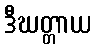
ဒီဃတ္တာယ